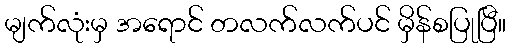
မျက်လုံးမှ အရောင် တလက်လက်ပင် မှိန်စပြုပြီ။